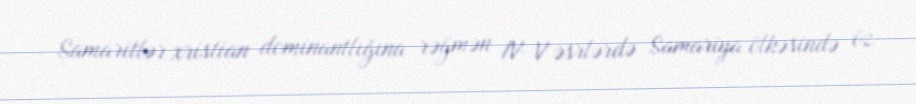
Samaritlər xristian dominantlığına rəğmən IV–V əsrlərdə Samariya ölkəsində öz